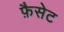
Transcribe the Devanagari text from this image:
फ़ैसेट